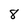
Character: 8